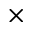
\times